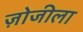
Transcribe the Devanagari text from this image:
ज़ोजीला